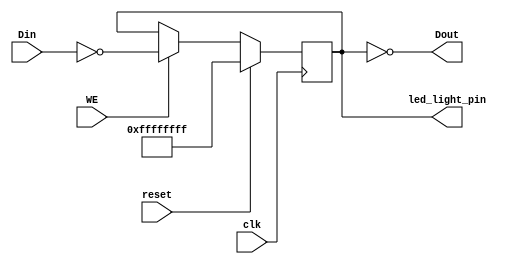
`timescale 1ns / 1ps
//////////////////////////////////////////////////////////////////////////////////
// Company: 
// Engineer: 
// 
// Design Name: 
// Module Name:    led_driver 
// Project Name: 
// Target Devices: 
// Tool versions: 
// Description: 
//
// Dependencies: 
//
// Revision: 
// Revision 0.01 - File Created
// Additional Comments: 
//
//////////////////////////////////////////////////////////////////////////////////
module led_driver(
	input clk,
	input reset,
	input WE,
	input [31:0] Din,
	output [31:0] Dout,
	output [31:0] led_light_pin
    );
	
	reg [31:0] value=~0;
	
	assign led_light_pin=value;
	assign Dout=~value;
	
	always @(posedge clk)
	begin
		if(reset)
		begin
			value<=~0;
		end
		else if(WE)
		begin
			value<=~Din;
		end
	end
	
endmodule